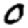
Digit: 0